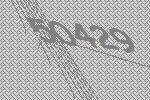
50429